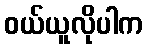
ဝယ်ယူလိုပါက